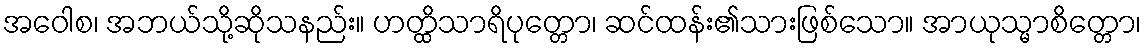
အဝေါစ၊ အဘယ်သို့ဆိုသနည်း။ ဟတ္ထိသာရိပုတ္တော၊ ဆင်ထန်း၏သားဖြစ်သော။ အာယုသ္မာစိတ္တော၊